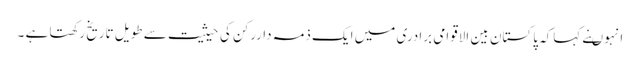
انہوںنے کہاکہ پاکستان بین الاقوامی برادری میں ایک ذمہ داررکن کی حیثیت سے طویل تاریخ رکھتا ہے ۔